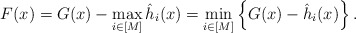
\begin{align*}F(x)=G(x)-\max_{i\in[M]}\hat{h}_i(x)=\min_{i\in[M]}\left\{G(x)-\hat{h}_i(x)\right\}.\end{align*}